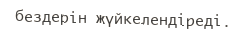
бездерін жүйкелендіреді.